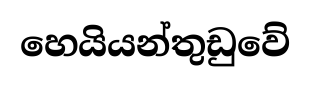
හෙයියන්තුඩුවේ